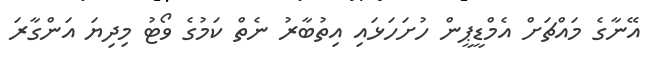
އޭނާގެ މައްޗަށް އެމްޑީޕީން ހުށަހަޅައި އިތުބާރު ނެތް ކަމުގެ ވޯޓު މިދިޔަ އަންގާރަ